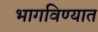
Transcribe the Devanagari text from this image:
भागविण्यात